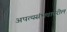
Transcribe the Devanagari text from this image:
अपत्यसंभवावरील